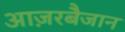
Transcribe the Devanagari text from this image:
आज़रबैजान